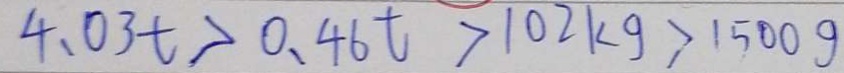
4 . 0 3 t > 0 . 4 6 t > 1 0 2 k g > 1 5 0 0 g